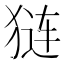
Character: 𬌵